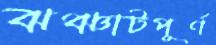
ঝঞ্ঝাটপূর্ণ